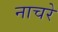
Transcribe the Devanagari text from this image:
नाचरे